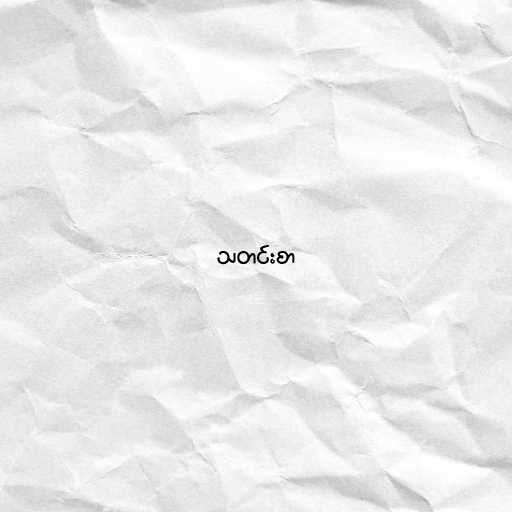
သတင်းစာ